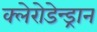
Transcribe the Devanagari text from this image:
क्लेरोडेन्ड्रान